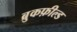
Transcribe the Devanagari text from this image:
ब्रुकफ़ील्ड